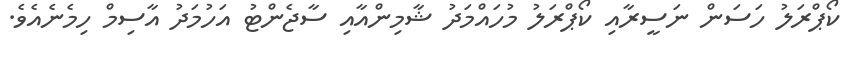
ކޯޕްރަލު ހަސަން ނަސީރާއި ކޯޕްރަލު މުހައްމަދު ޝާމިންއާއި ސާޖެންޓު އަހުމަދު އާސިމް ހިމެނެއެވެ.